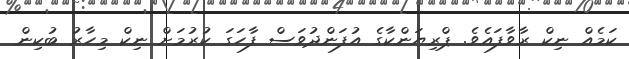
ކަމެއް ނިކް ރާވާފައެވެ. ޕްރިޔަންކާގެ އުފަންދުވަސް ފާހަގަ ކުރުމަށް ނިކް މިހާރު ބުކިން